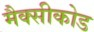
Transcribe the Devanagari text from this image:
मैक्सीकोड